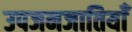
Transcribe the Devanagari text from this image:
उपजनजातियाँ